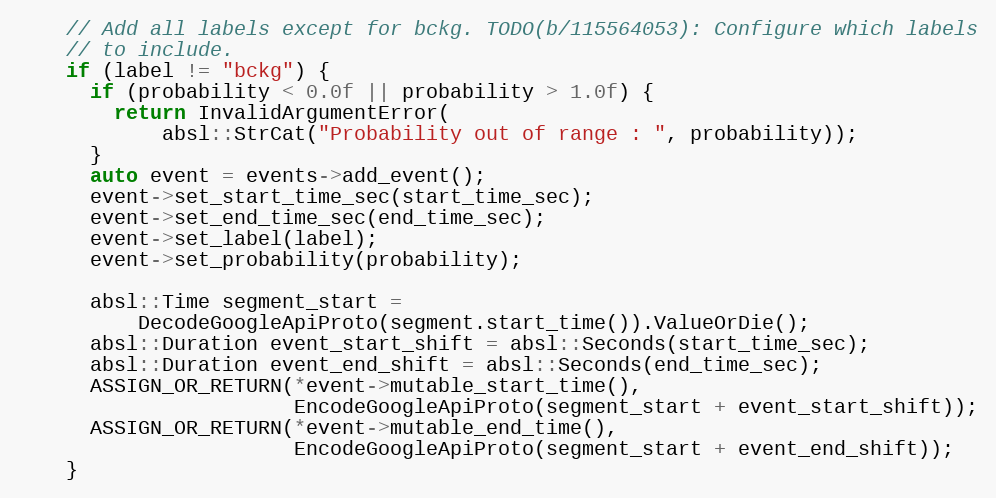
Language: C++
    // Add all labels except for bckg. TODO(b/115564053): Configure which labels
    // to include.
    if (label != "bckg") {
      if (probability < 0.0f || probability > 1.0f) {
        return InvalidArgumentError(
            absl::StrCat("Probability out of range : ", probability));
      }
      auto event = events->add_event();
      event->set_start_time_sec(start_time_sec);
      event->set_end_time_sec(end_time_sec);
      event->set_label(label);
      event->set_probability(probability);

      absl::Time segment_start =
          DecodeGoogleApiProto(segment.start_time()).ValueOrDie();
      absl::Duration event_start_shift = absl::Seconds(start_time_sec);
      absl::Duration event_end_shift = absl::Seconds(end_time_sec);
      ASSIGN_OR_RETURN(*event->mutable_start_time(),
                       EncodeGoogleApiProto(segment_start + event_start_shift));
      ASSIGN_OR_RETURN(*event->mutable_end_time(),
                       EncodeGoogleApiProto(segment_start + event_end_shift));
    }